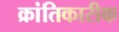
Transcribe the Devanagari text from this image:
क्रांतिकारीक